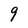
Character: 9